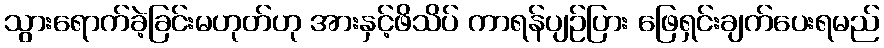
သွားရောက်ခဲ့ခြင်းမဟုတ်ဟု အားနှင့်ဖိသိပ် ကာရန်ပျဉ်ပြား ဖြေရှင်းချက်ပေးရမည်